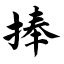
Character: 捧